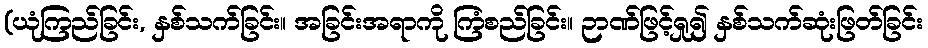
(ယုံကြည်ခြင်း, နှစ်သက်ခြင်း။ အခြင်းအရာကို ကြံစည်ခြင်း။ ဉာဏ်ဖြင့်ရှု၍ နှစ်သက်ဆုံးဖြတ်ခြင်း